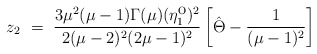
\begin{align*}z_2 ~=~ \frac{3\mu^2(\mu-1)\Gamma(\mu) (\eta_1^{\mbox{o}})^2}{2(\mu-2)^2(2\mu-1)^2} \left[ \hat{\Theta} - \frac{1}{(\mu-1)^2} \right]\end{align*}